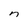
Character: n